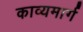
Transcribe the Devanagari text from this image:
काव्यमार्ग